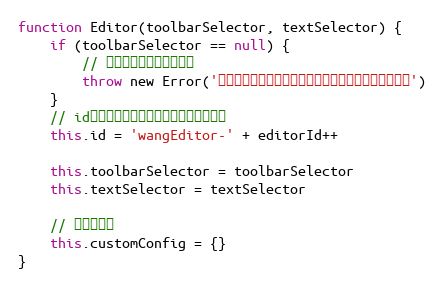
Language: JavaScript
function Editor(toolbarSelector, textSelector) {
    if (toolbarSelector == null) {
        // 没有传入任何参数，报错
        throw new Error('错误：初始化编辑器时候未传入任何参数，请查阅文档')
    }
    // id，用以区分单个页面不同的编辑器对象
    this.id = 'wangEditor-' + editorId++

    this.toolbarSelector = toolbarSelector
    this.textSelector = textSelector

    // 自定义配置
    this.customConfig = {}
}